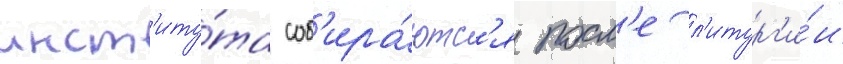
инст'иту́та соб'ира́ютс'я посл'е л'итург'и́и